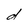
Character: d